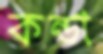
কন্ডা